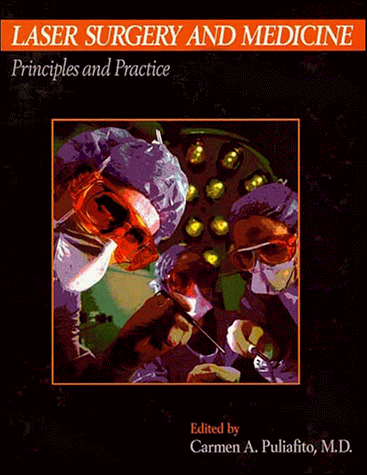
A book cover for Laser Surgery and Medicine: Principles and Practice; Medical Books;